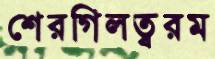
শেরগিলত্বরম